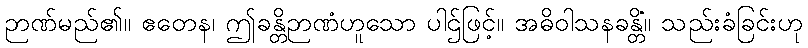
ဉာဏ်မည်၏။ ဧတေန၊ ဤခန္တိဉာဏံဟူသော ပါဌ်ဖြင့်။ အဓိဝါသနခန္တိံ။ သည်းခံခြင်းဟု